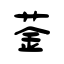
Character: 菳